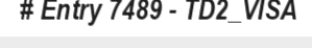
# Entry 7489 - TD2_VISA